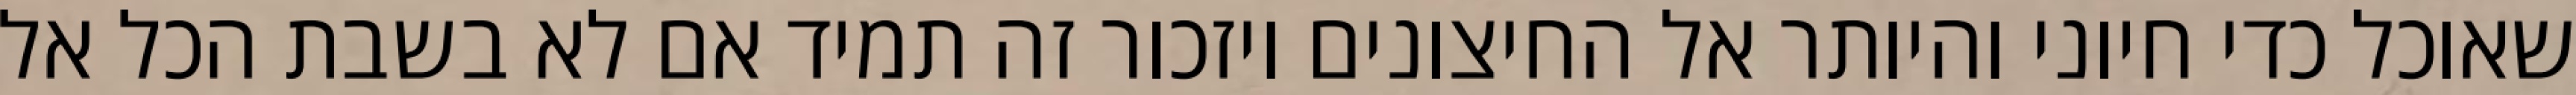
שאוכל כדי חיוני והיותר אל החיצונים ויזכור זה תמיד אם לא בשבת הכל אל